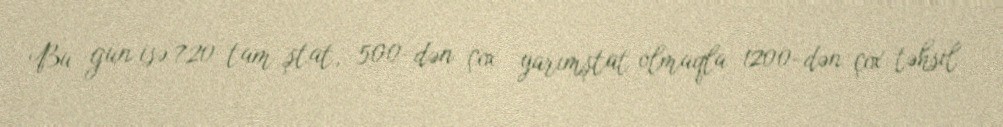
Bu gün isə 720 tam ştat, 500-dən çox yarımştat olmaqla 1200-dən çox təhsil